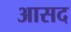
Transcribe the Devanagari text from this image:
आसद